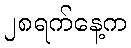
၂၈ရက်နေ့က